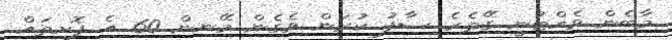
މާބެން ވެއްޓުނީ ގޭތެރެ ސާފު ކުރަން ވެގެން މޭނިން 60 އެ ފޮށިތައް